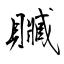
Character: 贓